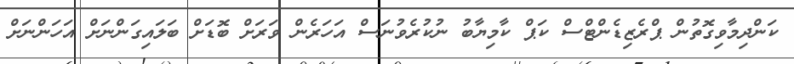
ކަންދިމާވިގޮތުން ޕްރެޒިޑެންޓްސް ކަޕް ކާމިޔާބު ނުކުރެވުނަސް އަހަރެން ވަރަށް ބޮޑަށް ބަލައިގަންނަށް އަހަންނަށް